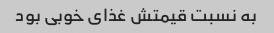
به نسبت قیمتش غذای خوبی بود